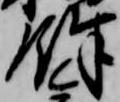
余